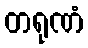
တရုဏံ